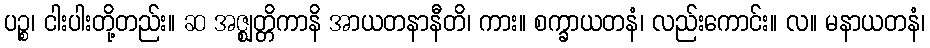
ပဉ္စ၊ ငါးပါးတို့တည်း။ ဆ အဇ္ဈတ္တိကာနိ အာယတနာနီတိ၊ ကား။ စက္ခာယတနံ၊ လည်းကောင်း။ လ။ မနာယတနံ၊